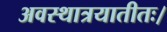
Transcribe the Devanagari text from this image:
अवस्थात्रयातीतः।